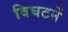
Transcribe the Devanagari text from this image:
विघटनें